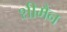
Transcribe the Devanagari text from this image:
शीमैन